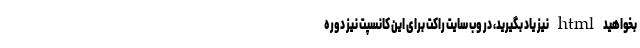
بخواهید html نیز یاد بگیرید، در وب سایت راکت برای این کانسپت نیز دوره